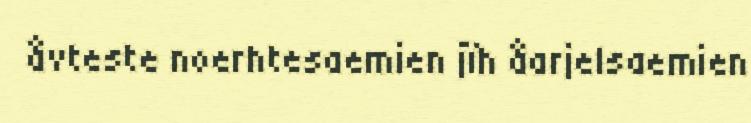
åvteste noerhtesaemien jïh åarjelsaemien